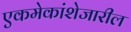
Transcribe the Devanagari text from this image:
एकमेकांशेजारील